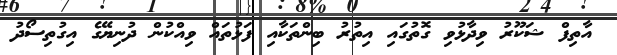
އާތިފް ޝަކޫރު ވިދާޅުވި ގޮތުގައި އިތުރު ބިންތަކާއި ފަޅުތައް ވިއްކުން ދުނިޔޭގެ އިގުތިސޯދު